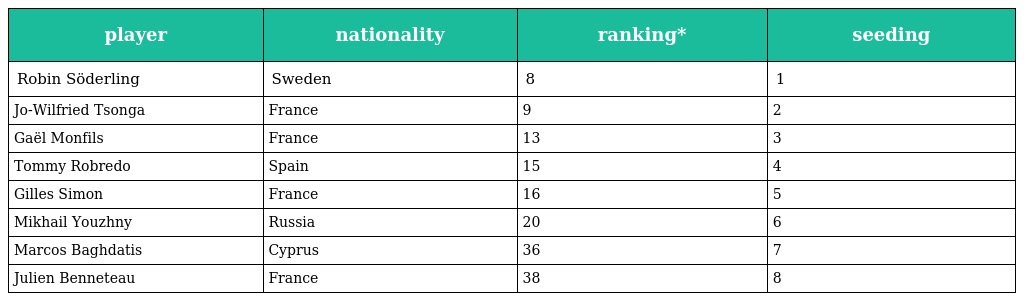
| player | nationality | ranking* | seeding |
 | --- | --- | --- | --- |
 | Robin Söderling | Sweden | 8 | 1 |
 | Jo-Wilfried Tsonga | France | 9 | 2 |
 | Gaël Monfils | France | 13 | 3 |
 | Tommy Robredo | Spain | 15 | 4 |
 | Gilles Simon | France | 16 | 5 |
 | Mikhail Youzhny | Russia | 20 | 6 |
 | Marcos Baghdatis | Cyprus | 36 | 7 |
 | Julien Benneteau | France | 38 | 8 |